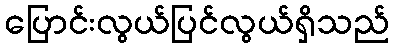
ပြောင်းလွယ်ပြင်လွယ်ရှိသည်